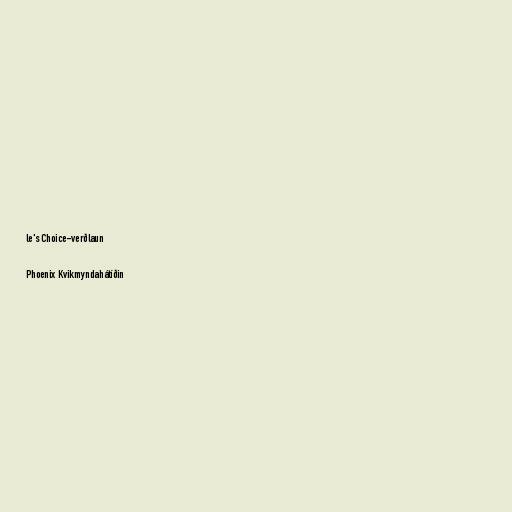
le's Choice-verðlaun

Phoenix Kvikmyndahátíðin